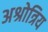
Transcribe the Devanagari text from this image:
अश्रोत्रिय